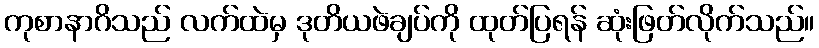
ကုစာနာဂိသည် လက်ထဲမှ ဒုတိယဖဲချပ်ကို ထုတ်ပြရန် ဆုံးဖြတ်လိုက်သည်။